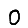
Digit: 0